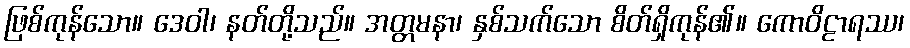
ဖြစ်ကုန်သော။ ဒေဝါ၊ နတ်တို့သည်။ အတ္တမနာ၊ နှစ်သက်သော စိတ်ရှိကုန်၏။ ကောဝိဠာရဿ၊